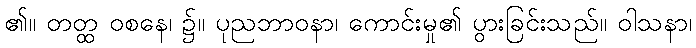
၏။ တတ္ထ ဝစနေ၊ ၌။ ပုညဘာဝနာ၊ ကောင်းမှု၏ ပွားခြင်းသည်။ ဝါသနာ၊